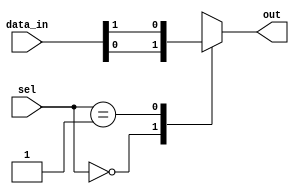
module mux_128to1 (
    input [127:0] data_in,
    input [6:0] sel,
    output reg out
);

always @(*) begin
    case(sel)
        7'b0000000: out = data_in[0];
        7'b0000001: out = data_in[1];
        // continue for the remaining 126 cases
        default: out = 1'bx; // default case when select signal is out of range
    endcase
end

endmodule